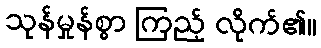
သုန်မှုန်စွာ ကြည့် လိုက်၏။